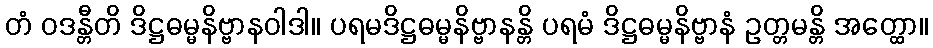
တံ ဝဒန္တီတိ ဒိဋ္ဌဓမ္မနိဗ္ဗာနဝါဒါ။ ပရမဒိဋ္ဌဓမ္မနိဗ္ဗာနန္တိ ပရမံ ဒိဋ္ဌဓမ္မနိဗ္ဗာနံ ဥတ္တမန္တိ အတ္ထော။